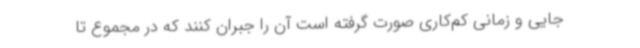
جایی و زمانی کم‌کاری صورت گرفته است آن را جبران کنند که در مجموع تا